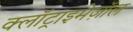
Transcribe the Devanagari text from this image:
क्लॉट्राइमेज़ॉल